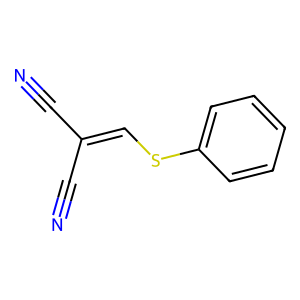
SMILES: N#CC(C#N)=CSc1ccccc1
Inhibits HIV replication: No